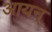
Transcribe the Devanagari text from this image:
आयन्